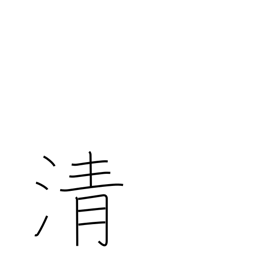
Meaning: cleanse